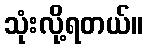
သုံးလို့ရတယ်။